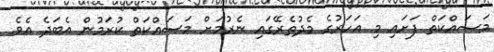
މަސައްކަތް ފަށައި މި އަހަރުގެ މެދުތެރޭގައި ނެރުމަށް މަސައްކަތް ކުރަމުން އެބަދެ އެވެ.